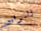
التوقيع